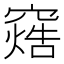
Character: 𬔓